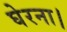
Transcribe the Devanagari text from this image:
घेरना।